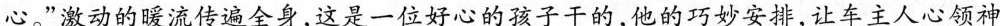
心。”激动的暖流传遍全身，这是一位好心的孩子干的，他的巧妙安排，让车主人心领神